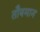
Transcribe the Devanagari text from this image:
तौबमान